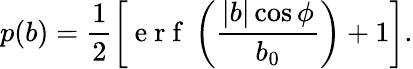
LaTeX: p(b)=\frac{1}{2}\left[\mathrm{~e~r~f~}\left(\frac{|b|\cos\phi}{b_{0}}\right)+1\right].